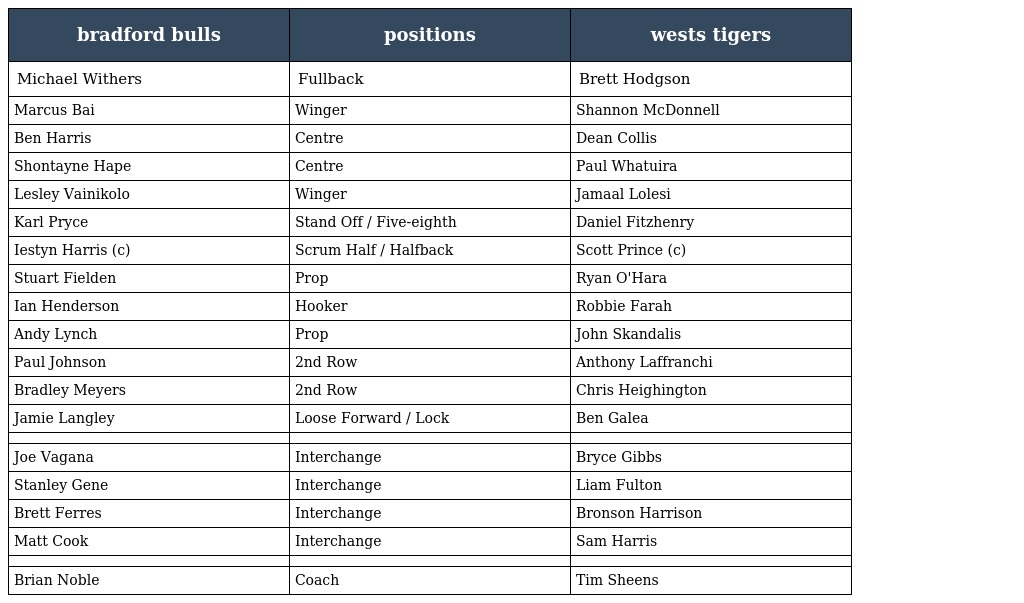
| bradford bulls | positions | wests tigers |
 | --- | --- | --- |
 | Michael Withers | Fullback | Brett Hodgson |
 | Marcus Bai | Winger | Shannon McDonnell |
 | Ben Harris | Centre | Dean Collis |
 | Shontayne Hape | Centre | Paul Whatuira |
 | Lesley Vainikolo | Winger | Jamaal Lolesi |
 | Karl Pryce | Stand Off / Five-eighth | Daniel Fitzhenry |
 | Iestyn Harris (c) | Scrum Half / Halfback | Scott Prince (c) |
 | Stuart Fielden | Prop | Ryan O'Hara |
 | Ian Henderson | Hooker | Robbie Farah |
 | Andy Lynch | Prop | John Skandalis |
 | Paul Johnson | 2nd Row | Anthony Laffranchi |
 | Bradley Meyers | 2nd Row | Chris Heighington |
 | Jamie Langley | Loose Forward / Lock | Ben Galea |
 |  |  |  |
 | Joe Vagana | Interchange | Bryce Gibbs |
 | Stanley Gene | Interchange | Liam Fulton |
 | Brett Ferres | Interchange | Bronson Harrison |
 | Matt Cook | Interchange | Sam Harris |
 |  |  |  |
 | Brian Noble | Coach | Tim Sheens |